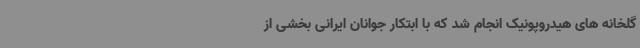
گلخانه های هیدروپونیک انجام شد که با ابتکار جوانان ایرانی بخشی از